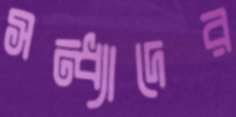
সন্ধ্যাদের